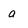
Character: a